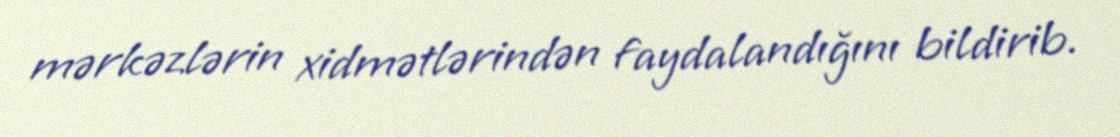
mərkəzlərin xidmətlərindən faydalandığını bildirib.